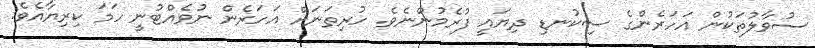
ސުވާލުތަކުން އަހަރެންގެ ސިކުނޑި ދިޔައީ ފުރެމުންނެވެ. ހުރިތަނަށް އަހަރެން ނުވެއްޓުނީ ހަމަ ކިރިޔާއެވެ.